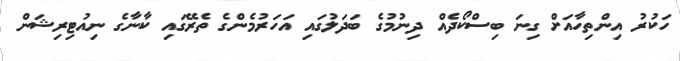
ހަކުރު އިންތިހާއަށް ގިނަ ބިސްކޯދެއް ދިނުމުގެ ބަދަލުގައި އަހަރުމެންގެ ތެރޭގައި ކާނާގެ ނިއުޓިރިޝަން